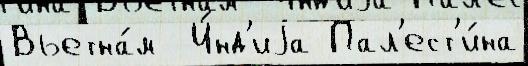
Вьетна́м  И́нд'иjа Пал'ест'и́на